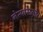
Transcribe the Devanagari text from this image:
नेत्यांसमोर